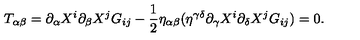
T _ { \alpha \beta } = \partial _ { \alpha } X ^ { i } \partial _ { \beta } X ^ { j } G _ { i j } - \frac { 1 } { 2 } \eta _ { \alpha \beta } ( \eta ^ { \gamma \delta } \partial _ { \gamma } X ^ { i } \partial _ { \delta } X ^ { j } G _ { i j } ) = 0 .